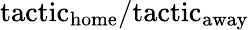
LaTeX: \mathrm{tactic}_{\mathrm{home}}/\mathrm{tactic}_{\mathrm{away}}